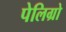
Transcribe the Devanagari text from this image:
पेलिग्रो